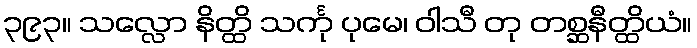
၃၉၃။ သလ္လော နိတ္ထိ သင်္ကု ပုမေ၊ ဝါသီ တု တစ္ဆနီတ္ထိယံ။